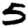
Digit: 5